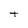
Character: t